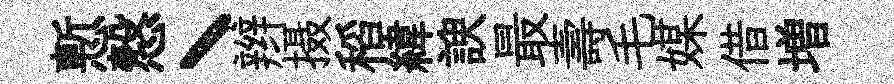
慙慤丶辫摄稻緯諛最壽毛媒借増